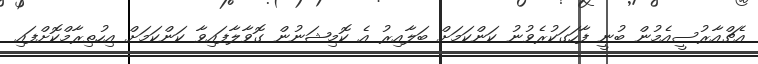
އެޗްއާރުސީއެމުން ބުނީ ފާހަގަކުރެވުނު ކަންކަމަށް ބަލާއިރު އެ ކޮމިޝަނުން ގޮވާލާފައިވާ ކަންކަމަށް އިހުތިރާމްކޮށްފައި